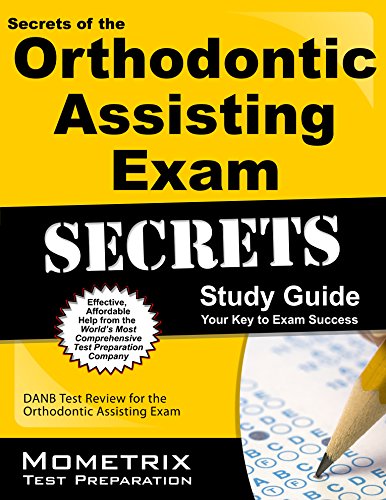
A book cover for Secrets of the Orthodontic Assisting Exam Study Guide: DANB Test Review for the Orthodontic Assisting Exam (Mometrix Test Preparation); DANB Exam Secrets Test Prep Team; Medical Books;